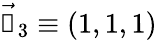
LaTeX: \vec{\mathbb{1}}_{3}\equiv\left(1,1,1\right)